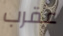
عقرب